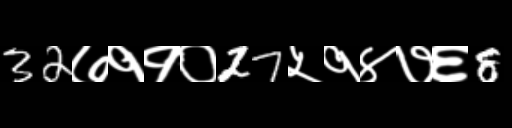
Text: 32७११०27५१४७६8